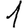
Digit: 1